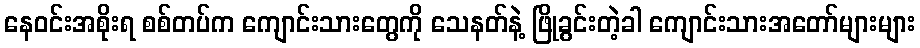
နေဝင်းအစိုးရ စစ်တပ်က ကျောင်းသားတွေကို သေနတ်နဲ့ ဖြိုခွင်းတဲ့ခါ ကျောင်းသားအတော်များများ